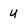
Character: u